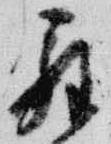
辞